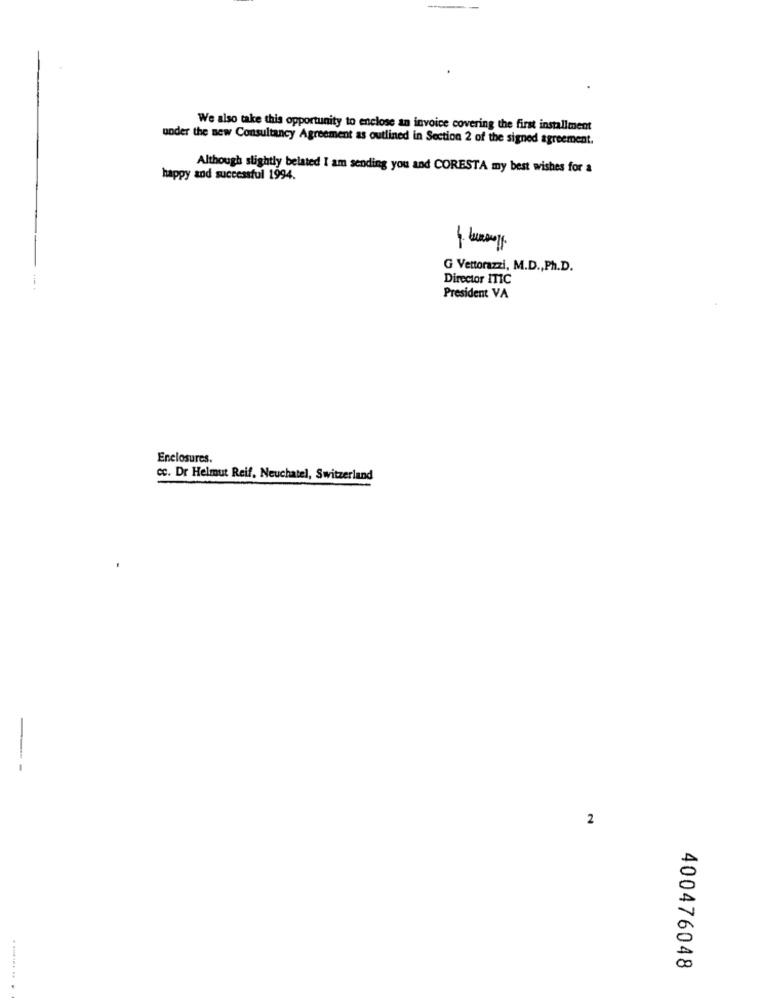
We also take this opportunity to enclose an invoice covering the first installment
under the new Consultancy Agreement as outlined in Section 2 of the signed agreement.
Although slightly belated I am sending you and CORESTA my best wishes for a
happy and successful 1994.
G Vettorazzi, M.D ., Ph.D.
Director ITIC
President VA
Enclosures.
cc. Dr Helmut Reif, Neuchatel, Switzerland
2
400476048